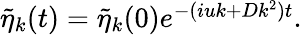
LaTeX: \begin{array}{r}{\widetilde{\eta}_{k}(t)=\widetilde{\eta}_{k}(0)e^{-(iuk+Dk^{2})t}.}\end{array}